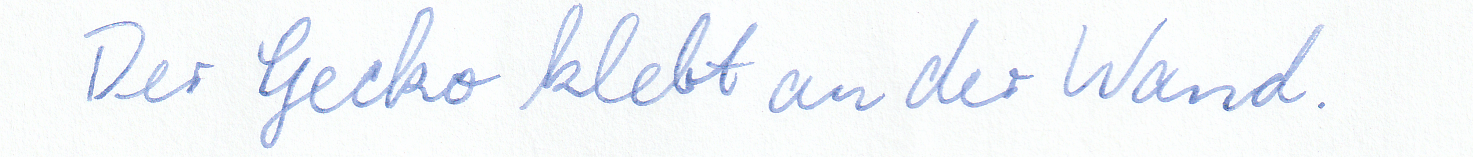
Der Gecko klebt an der Wand.